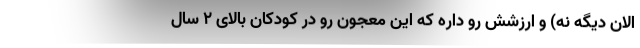
الان دیگه نه) و ارزشش رو داره که این معجون رو در کودکان بالای 2 سال